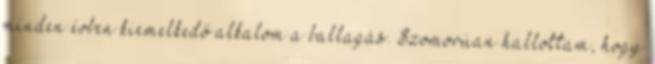
minden évben kiemelkedő alkalom a ballagás. Szomorúan hallottam, hogy